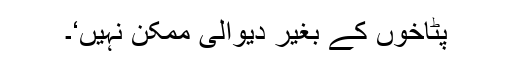
پٹاخوں کے بغیر دیوالی ممکن نہیں‘۔